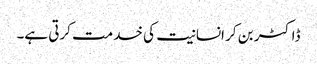
ڈاکٹر بن کر انسانیت کی خدمت کرتی ہے۔